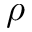
\rho